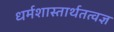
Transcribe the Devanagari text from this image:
धर्मशास्तार्थतत्वज्ञ